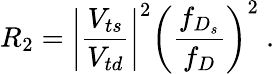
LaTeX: R_{2}=\left|{\frac{V_{ts}}{V_{td}}}\right|^{2}\left({\frac{f_{D_{s}}}{f_{D}}}\right)^{2}~.